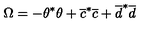
\Omega = - \theta ^ { * } \theta + \overline { c } ^ { * } \overline { c } + \overline { d } ^ { * } \overline { d }